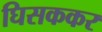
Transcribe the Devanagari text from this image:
घिसककर